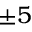
\pm 5